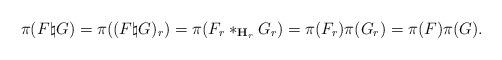
LaTeX: \begin{align*}\pi(F \natural G) = \pi((F \natural G)_r) = \pi(F_r *_{\mathbf{H}_r} G_r) = \pi(F_r) \pi(G_r) = \pi(F) \pi(G) .\end{align*}